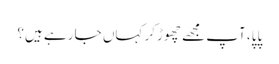
پاپا، آپ مجھے چھوڑکر کہاں جا رہے ہیں؟